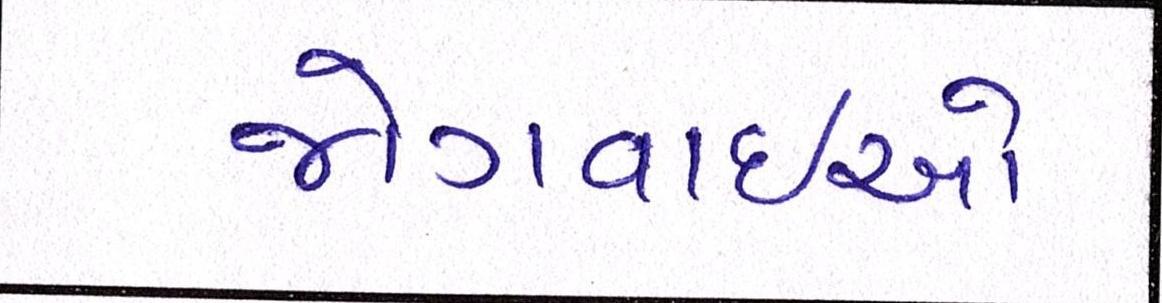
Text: જોગવાઇઓ